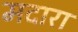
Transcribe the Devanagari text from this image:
मदारा